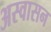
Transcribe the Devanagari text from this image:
अस्वासन